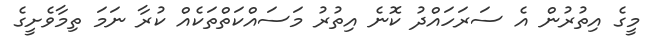
މީގެ އިތުރުން އެ ސަރަހައްދު ކޮނެ އިތުރު މަސައްކަތްތަކެއް ކުރާ ނަމަ ތިމާވެށީގެ